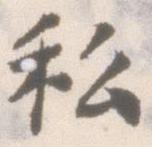
私